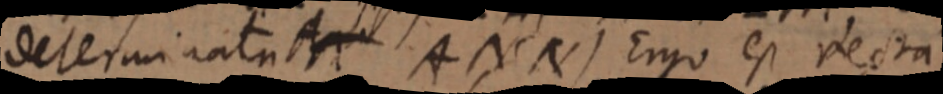
determinatu AN AN (N) Ergo est recta